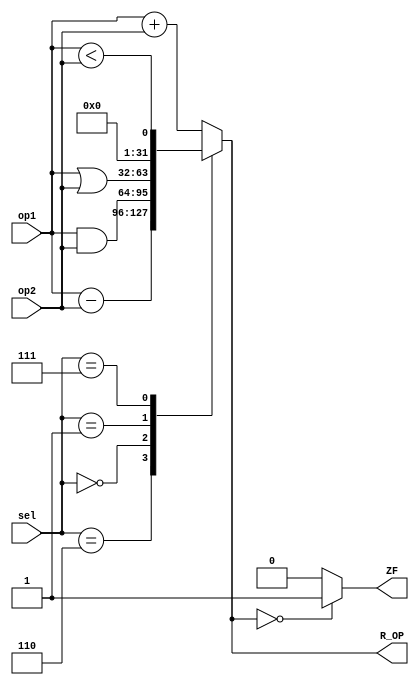
module ALU(
	input [31:0]op1, op2,
	input [3:0]sel,
	output reg [31:0]R_OP,
	output reg ZF
);

always @*
	begin
	case(sel)
		4'b0010:
			R_OP[31:0] = op1[31:0] + op2[31:0];
	
		4'b0110:
			R_OP[31:0] = op1[31:0] - op2[31:0];
	
		4'b0000:
			R_OP[31:0] = op1[31:0] & op2[31:0];

		4'b0001:
			R_OP[31:0] = op1[31:0] | op2[31:0];
	
		4'b0111:
			R_OP[31:0] = op1[31:0] < op2[31:0];
			
		default: R_OP[31:0] = op1[31:0] + op2[31:0];
	endcase
	
	if (R_OP == 0)
		ZF = 1;
		else 
		ZF = 0;
	end

endmodule